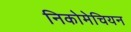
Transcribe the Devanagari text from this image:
निकोमेचियन